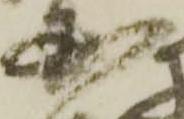
国